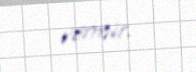
vermir.